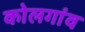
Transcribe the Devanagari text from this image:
कोलगांव